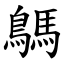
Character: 鷌